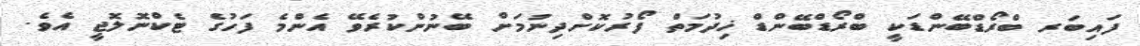
ފައިބަރ ބްރޯޑްބޭންޑަކީ ބްރޯޑްބޭންޑް ޚިދުމަތް ފޯރުކޮށްދިނުމަށް ބޭނުންކުރެވޭ އެންމެ ފަހުގެ ޓެކްނޮލޮޖީ އެވެ.